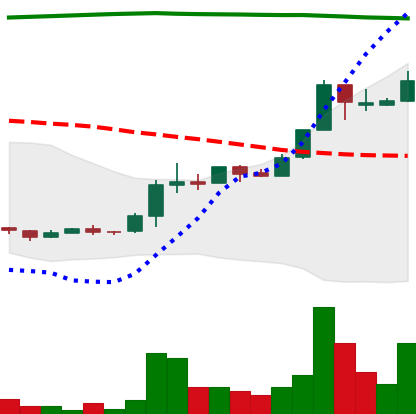
Ticker: XRP-USD
Chart end date: 2018-04-24
Forward return: -6.633%
Label: down_5_7